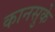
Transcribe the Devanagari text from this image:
कानसुके